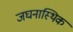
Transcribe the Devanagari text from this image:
जघनास्थिक